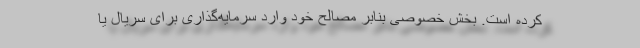
کرده است. بخش خصوصی بنابر مصالح خود وارد سرمایه‌گذاری برای سریال یا